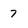
Character: 7